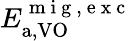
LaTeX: E_{\mathrm{a,VO}}^{\mathrm{~m~i~g~,~e~x~c~}}